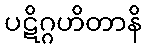
ပဋိဂ္ဂဟိတာနိ